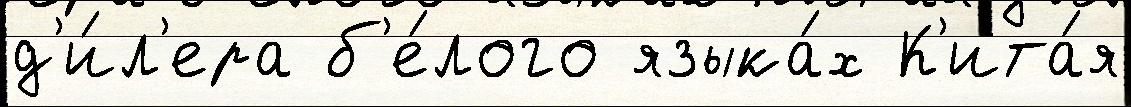
д'и́л'ера б'е́лого языка́х К'ита́я